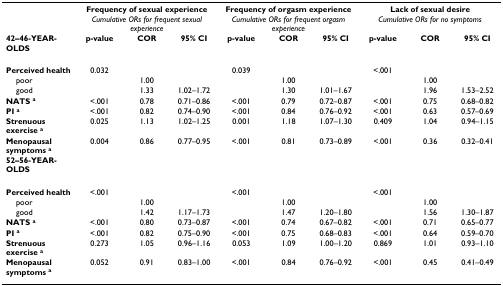
<table><thead><tr><td></td><td colspan="3"><b>Frequency of sexual experience</b></td><td colspan="3"><b>Frequency of orgasm experience</b></td><td colspan="3"><b>Lack of sexual desire</b></td></tr><tr><td></td><td colspan="3"><b><i>Cumulative ORs for frequent sexual experience</i></b></td><td colspan="3"><b><i>Cumulative ORs for frequent orgasm experience</i></b></td><td colspan="3"><b><i>Cumulative ORs for no symptoms</i></b></td></tr><tr><td><b>42–46-YEAR-OLDS</b></td><td><b>p-value</b></td><td><b>COR</b></td><td><b>95% CI</b></td><td><b>p-value</b></td><td><b>COR</b></td><td><b>95% CI</b></td><td><b>p-value</b></td><td><b>COR</b></td><td><b>95% CI</b></td></tr></thead><tbody><tr><td><b>Perceived health</b></td><td>0.032</td><td></td><td></td><td>0.039</td><td></td><td></td><td>&lt;.001</td><td></td><td></td></tr><tr><td> poor</td><td></td><td>1.00</td><td></td><td></td><td>1.00</td><td></td><td></td><td>1.00</td><td></td></tr><tr><td> good</td><td></td><td>1.33</td><td>1.02–1.72</td><td></td><td>1.30</td><td>1.01–1.67</td><td></td><td>1.96</td><td>1.53–2.52</td></tr><tr><td><b>NATS </b><sup><b>a</b></sup></td><td>&lt;.001</td><td>0.78</td><td>0.71–0.86</td><td>&lt;.001</td><td>0.79</td><td>0.72–0.87</td><td>&lt;.001</td><td>0.75</td><td>0.68–0.82</td></tr><tr><td><b>PI </b><sup><b>a</b></sup></td><td>&lt;.001</td><td>0.82</td><td>0.74–0.90</td><td>&lt;.001</td><td>0.84</td><td>0.76–0.92</td><td>&lt;.001</td><td>0.63</td><td>0.57–0.69</td></tr><tr><td><b>Strenuous exercise </b><sup><b>a</b></sup></td><td>0.025</td><td>1.13</td><td>1.02–1.25</td><td>0.001</td><td>1.18</td><td>1.07–1.30</td><td>0.409</td><td>1.04</td><td>0.94–1.15</td></tr><tr><td><b>Menopausal symptoms </b><sup><b>a</b></sup></td><td>0.004</td><td>0.86</td><td>0.77–0.95</td><td>&lt;.001</td><td>0.81</td><td>0.73–0.89</td><td>&lt;.001</td><td>0.36</td><td>0.32–0.41</td></tr><tr><td><b>52–56-YEAR-OLDS</b></td><td></td><td></td><td></td><td></td><td></td><td></td><td></td><td></td><td></td></tr><tr><td><b>Perceived health</b></td><td>&lt;.001</td><td></td><td></td><td>&lt;.001</td><td></td><td></td><td>&lt;.001</td><td></td><td></td></tr><tr><td> poor</td><td></td><td>1.00</td><td></td><td></td><td>1.00</td><td></td><td></td><td>1.00</td><td></td></tr><tr><td> good</td><td></td><td>1.42</td><td>1.17–1.73</td><td></td><td>1.47</td><td>1.20–1.80</td><td></td><td>1.56</td><td>1.30–1.87</td></tr><tr><td><b>NATS </b><sup><b>a</b></sup></td><td>&lt;.001</td><td>0.80</td><td>0.73–0.87</td><td>&lt;.001</td><td>0.74</td><td>0.67–0.82</td><td>&lt;.001</td><td>0.71</td><td>0.65–0.77</td></tr><tr><td><b>PI </b><sup><b>a</b></sup></td><td>&lt;.001</td><td>0.82</td><td>0.75–0.90</td><td>&lt;.001</td><td>0.75</td><td>0.68–0.83</td><td>&lt;.001</td><td>0.64</td><td>0.59–0.70</td></tr><tr><td><b>Strenuous exercise </b><sup><b>a</b></sup></td><td>0.273</td><td>1.05</td><td>0.96–1.16</td><td>0.053</td><td>1.09</td><td>1.00–1.20</td><td>0.869</td><td>1.01</td><td>0.93–1.10</td></tr><tr><td><b>Menopausal symptoms </b><sup><b>a</b></sup></td><td>0.052</td><td>0.91</td><td>0.83–1.00</td><td>&lt;.001</td><td>0.84</td><td>0.76–0.92</td><td>&lt;.001</td><td>0.45</td><td>0.41–0.49</td></tr></tbody></table>